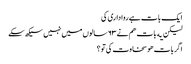
ایک بات ہے روا داری کی
لیکن یه بات هم نے ٦٣ سالوں میں نہیں سیکھ سکے
اگر بات هو سخاوت کی تو ؟